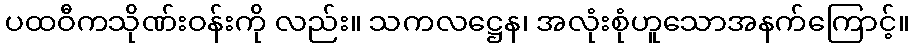
ပထဝီကသိုဏ်းဝန်းကို လည်း။ သကလဋ္ဌေန၊ အလုံးစုံဟူသောအနက်ကြောင့်။